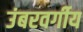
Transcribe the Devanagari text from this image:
उंबरवर्गीय